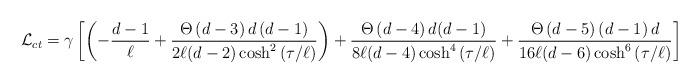
LaTeX: \begin{align*}{\cal L}_{ct}=\gamma \left[ \left( -\frac{d-1}{\ell }+\frac{\Theta \left(d-3\right) d\left( d-1\right) }{2\ell (d-2)\cosh ^{2}\left( \tau /\ell\right) }\right) +\frac{\Theta \left( d-4\right) d(d-1)}{8\ell (d-4)\cosh^{4}\left( \tau /\ell \right) }+\frac{\Theta \left( d-5\right) \left(d-1\right) d}{16\ell (d-6)\cosh ^{6}\left( \tau /\ell \right) }\right]\end{align*}